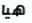
هيا